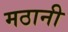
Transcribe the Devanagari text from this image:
मठानी